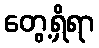
တွေ့ရှိရာ